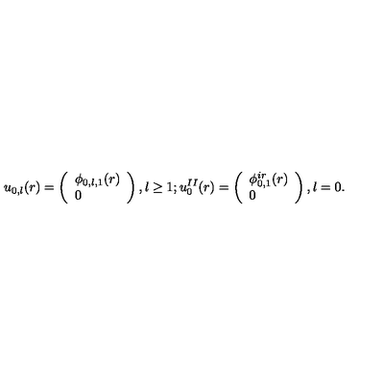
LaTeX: u _ { 0 , l } ( r ) = \left( \begin{array} { l } { \phi _ { 0 , l , 1 } ( r ) } \\ { 0 } \\ \end{array} \right) , \mathrm { } { } l \geq 1 ; u _ { 0 } ^ { I I } ( r ) = \left( \begin{array} { l } { \phi _ { 0 , 1 } ^ { i r } ( r ) } \\ { 0 } \\ \end{array} \right) , { } l = 0 .